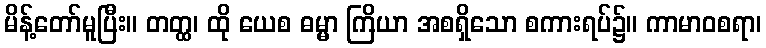
မိန့်တော်မူပြီး။ တတ္ထ၊ ထို ယေစ ဓမ္မာ ကြိယာ အစရှိသော စကားရပ်၌။ ကာမာဝစရာ၊